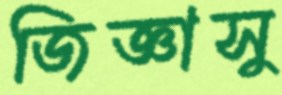
জিজ্ঞাসু